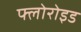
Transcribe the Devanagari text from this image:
फ्लोरोइड